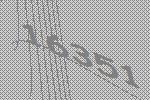
16351